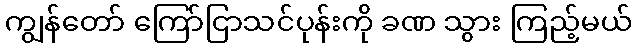
ကျွန်တော် ကြော်ငြာသင်ပုန်းကို ခဏ သွား ကြည့်မယ်